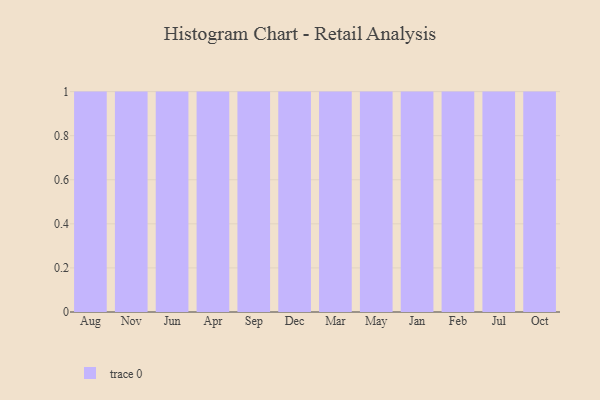
{"axis": {"x": "Month", "y": "Demand Index"}, "legend": [""], "data": [{"x": "Aug", "y": 60, "type": ""}, {"x": "Nov", "y": 17, "type": ""}, {"x": "Jun", "y": 32, "type": ""}, {"x": "Apr", "y": 19, "type": ""}, {"x": "Sep", "y": 39, "type": ""}, {"x": "Dec", "y": 90, "type": ""}, {"x": "Mar", "y": 93, "type": ""}, {"x": "May", "y": 9, "type": ""}, {"x": "Jan", "y": 87, "type": ""}, {"x": "Feb", "y": 45, "type": ""}, {"x": "Jul", "y": 4, "type": ""}, {"x": "Oct", "y": 22, "type": ""}]}